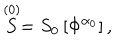
\stackrel { ( 0 ) } { S } = S _ { 0 } \left[ \Phi ^ { \alpha _ { 0 } } \right] ,